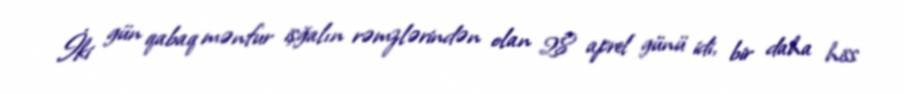
İki gün qabaq mənfur işğalın rəmzlərindən olan 28 aprel günü idi, bir daha hiss